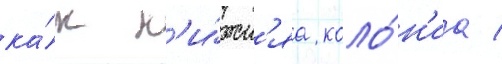
ка́к н'и́жн'яа коло́н'иа /